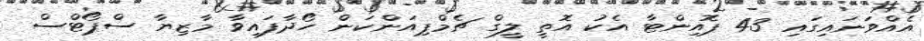
އެއްވަނައިގައި 43 ޕޮއިންޓާ އެކު އޮތީ ލީގް ޗެމްޕިއަންކަން ހޯދާފައިވާ މާޒިޔާ ސްޕޯޓްސް